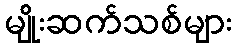
မျိုးဆက်သစ်များ